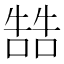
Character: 𠼑